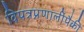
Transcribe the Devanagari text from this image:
विपत्रप्रणालींपैकी